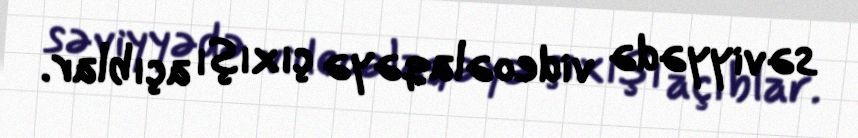
səviyyədə videoəlaqəyə çıxışı açıblar.